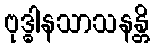
ဗုဒ္ဓါနသာသနန္တိ